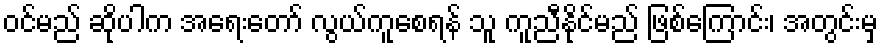
ဝင်မည် ဆိုပါက အရေးတော် လွယ်ကူစေရန် သူ ကူညီနိုင်မည် ဖြစ်ကြောင်း၊ အတွင်းမှ